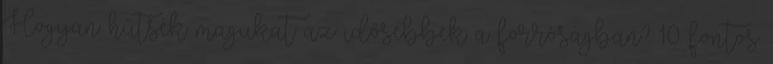
Hogyan hűtsék magukat az idősebbek a forróságban? 10 fontos